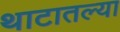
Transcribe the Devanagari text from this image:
थाटातल्या